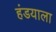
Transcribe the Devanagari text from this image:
हंडयाला